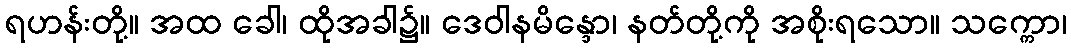
ရဟန်းတို့။ အထ ခေါ၊ ထိုအခါ၌။ ဒေဝါနမိန္ဒော၊ နတ်တို့ကို အစိုးရသော။ သက္ကော၊